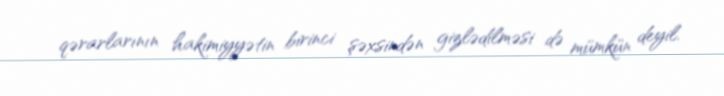
qərarlarının hakimiyyətin birinci şəxsindən gizlədilməsi də mümkün deyil.